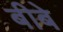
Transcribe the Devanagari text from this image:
बीबे